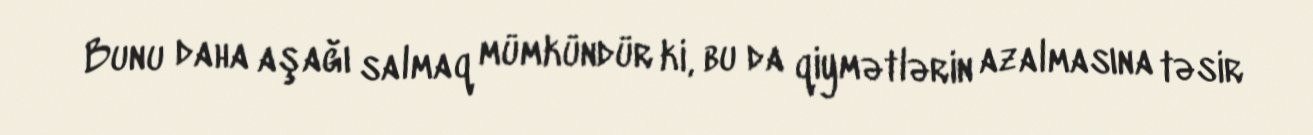
Bunu daha aşağı salmaq mümkündür ki, bu da qiymətlərin azalmasına təsir